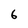
Character: 6